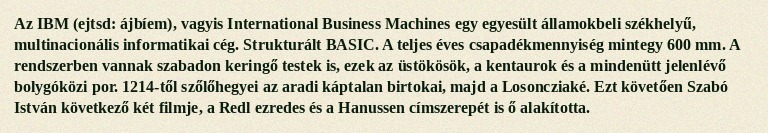
Az IBM (ejtsd: ájbíem), vagyis International Business Machines egy egyesült államokbeli székhelyű, multinacionális informatikai cég. Strukturált BASIC. A teljes éves csapadékmennyiség mintegy 600 mm. A rendszerben vannak szabadon keringő testek is, ezek az üstökösök, a kentaurok és a mindenütt jelenlévő bolygóközi por. 1214-től szőlőhegyei az aradi káptalan birtokai, majd a Losoncziaké. Ezt követően Szabó István következő két filmje, a Redl ezredes és a Hanussen címszerepét is ő alakította.